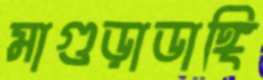
মাগুড়াডাঙ্গি